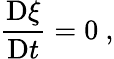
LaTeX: \frac{\mathrm{D}\xi}{\mathrm{D}t}=0\ ,